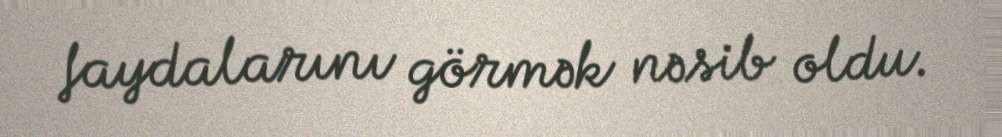
faydalarını görmək nəsib oldu.